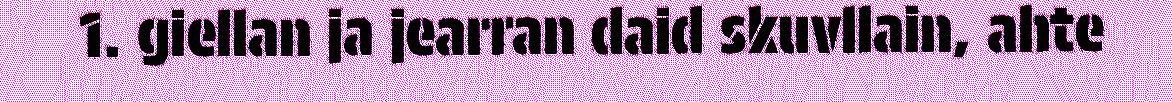
1. giellan ja jearran daid skuvllain, ahte